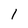
Character: 1